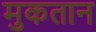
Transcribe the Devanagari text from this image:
मुकतान